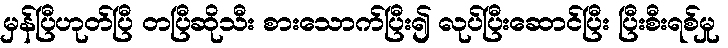
မှန်ပြီဟုတ်ပြီ တပြီဆိုသီး စားသောက်ပြီး၍ လုပ်ပြီးဆောင်ပြီး ပြီးစီးရစ်မှု